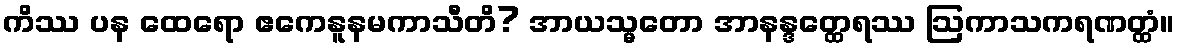
ကိဿ ပန ထေရော ဧကေနူနမကာသီတိ? အာယသ္မတော အာနန္ဒတ္ထေရဿ ဩကာသကရဏတ္ထံ။